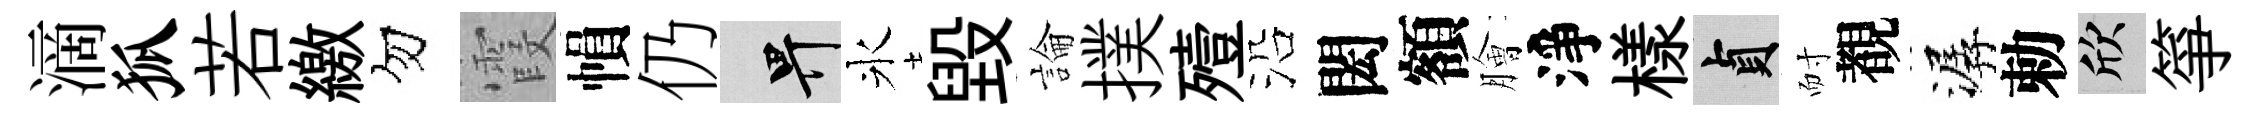
滴狐若繳勿霞𢄙仍畀氷毁論撲殪沿閎額膾淨樣貞耐覩潺勅欣箏